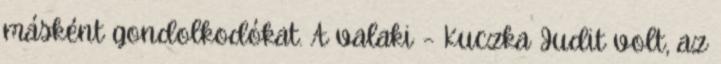
más­ként gondolkodókat. A valaki – Kuczka Ju­dit volt, az